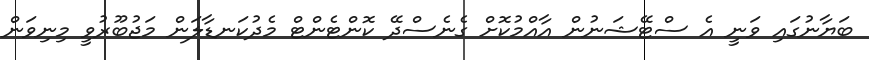
ބަޔާނުގައި ވަނީ އެ ސްޓޭޝަނުން އާއްމުކޮށް ގެނެސްދޭ ކޮންޓެންޓް މެދުކަނޑާލަން މަޖުބޫރުވީ މިނިވަން